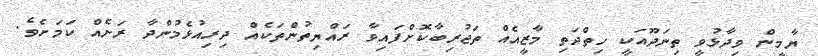
ޔާމީން ވިދާޅުވީ ތިނަދޫއަކީ ހިތްދަތި މާޒީއެއް ތަޖުރިބާކޮށްފައިވާ ރައްޔިތުންތަކެއް ދިރިއުޅެމުންދާ ރަށެއް ކަމަށެވެ.